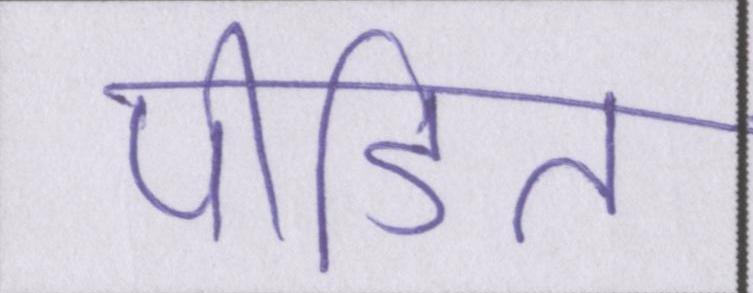
पीडि़त